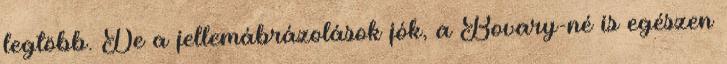
legtöbb. De a jellemábrázolások jók, a Bovary-né is egészen